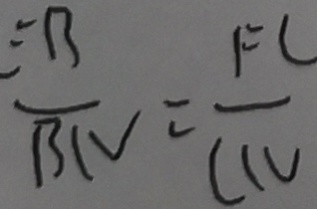
= \frac { E B } { B l V } = \frac { F C } { C l V }